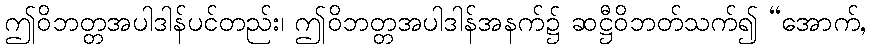
ဤဝိဘတ္တအပါဒါန်ပင်တည်း၊ ဤဝိဘတ္တအပါဒါန်အနက်၌ ဆဋ္ဌီဝိဘတ်သက်၍ “အောက်,